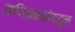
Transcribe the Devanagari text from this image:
माणिकबाबांकडून